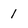
Character: 1